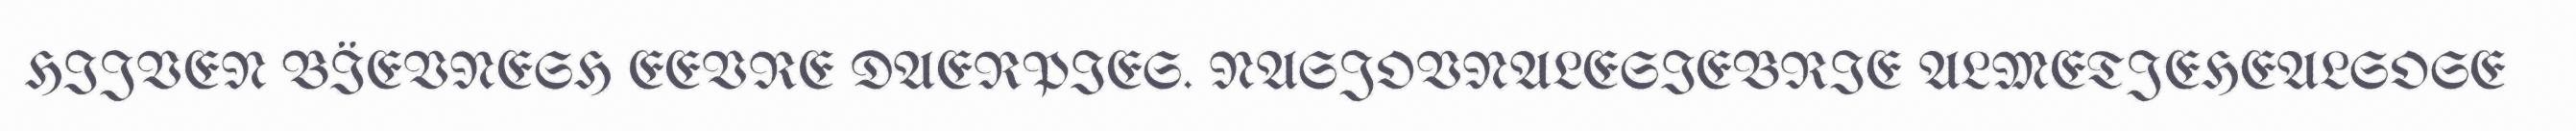
HIJVEN BÏEVNESH EEVRE DAERPIES. NASJOVNALESIEBRIE ALMETJEHEALSOSE